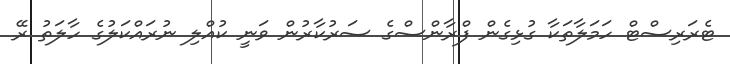
ޓެރަރިސްޓް ހަމަލާތަކާ ގުޅިގެން ފްރާންސްގެ ސަރުކާރުން ވަނީ ކުއްލި ނުރައްކަލުގެ ހާލަތު ރޭ